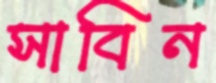
সাবিন